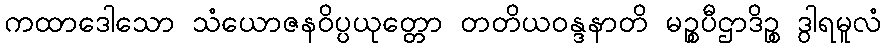
ကထာဒေါသော သံယောဇနဝိပ္ပယုတ္တော တတိယဝန္ဒနာတိ မဉ္စပီဌာဒိဉ္စ ဒွါရမူလံ